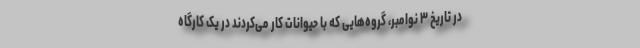
در تاریخ ۳ نوامبر، گروه‌هایی که با حیوانات کار می‌کردند در یک کارگاه